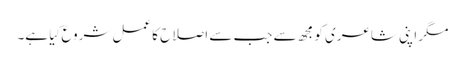
مگر اپنی شاعری کو مجھ سے جب سے اصلاح کا عمل شروع کِیا ہے۔